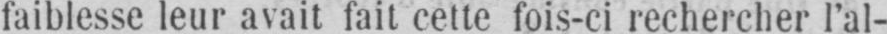
faiblesse leur avait fait cette fois-ci rechercher l’al-